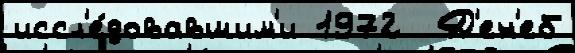
иссл'е́довавшим'и 1972  Д'ен'еб